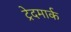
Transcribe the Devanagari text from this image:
ट्रेदमार्क